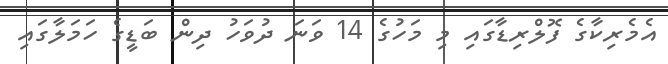
އެމެރިކާގެ ފޮލްރިޑާގައި މި މަހުގެ 14 ވަނަ ދުވަހު ދިން ބަޑީގެ ހަމަލާގައި